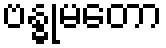
ဗန္ဓုမတော